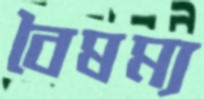
বৈষম্য